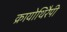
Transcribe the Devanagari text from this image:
क्रायोथिरैपी